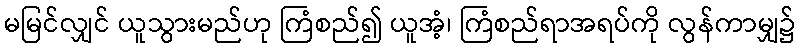
မမြင်လျှင် ယူသွားမည်ဟု ကြံစည်၍ ယူအံ့၊ ကြံစည်ရာအရပ်ကို လွန်ကာမျှ၌